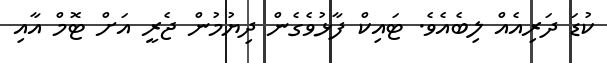
ކުޑަ ދަރިއެއް ލިބެއެވެ. ޓައިކް ފާޅުވެގެން ދިޔުމުން ޖެރީ އަށް ޓޮމް އާއި